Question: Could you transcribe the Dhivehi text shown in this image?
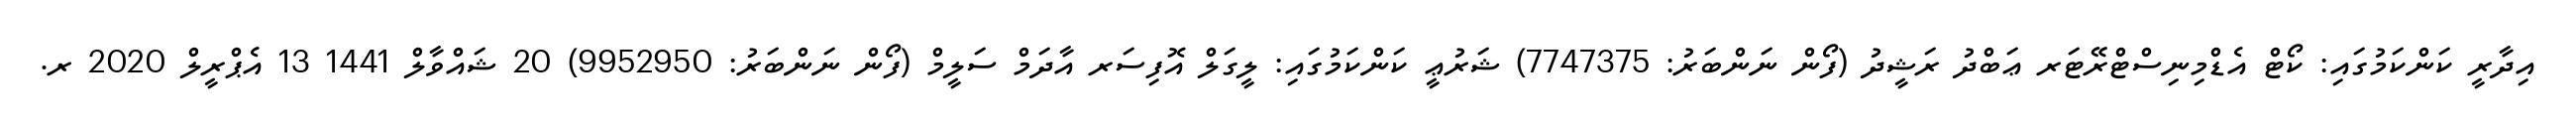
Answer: އިދާރީ ކަންކަމުގައި: ކޯޓް އެޑްމިނިސްޓްރޭޓަރ ޢަބްދު ރަޝީދު (ފޯން ނަންބަރު: 7747375) ޝަރުޢީ ކަންކަމުގައި: ލީގަލް އޮފިސަރ އާދަމް ސަލީމް (ފޯން ނަންބަރު: 9952950) 20 ޝައްވާލް 1441 13 އެޕްރީލް 2020 ރ.